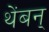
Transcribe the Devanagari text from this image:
थेंबन्